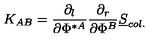
K _ { A B } = { \frac { \partial _ { l } } { \partial \Phi ^ { \ast A } } } { \frac { \partial _ { r } } { \partial \Phi ^ { B } } } { \underline { S } } _ { c o l . }